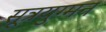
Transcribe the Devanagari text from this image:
सूत्रयुग्मन